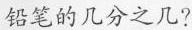
铅笔的几分之几?